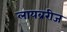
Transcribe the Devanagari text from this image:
लायब्ररीज